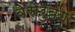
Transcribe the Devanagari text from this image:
वेसेरुबंग